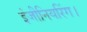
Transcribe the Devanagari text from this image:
इंजीनियरिंग।